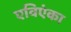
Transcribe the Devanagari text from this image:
एविएंका